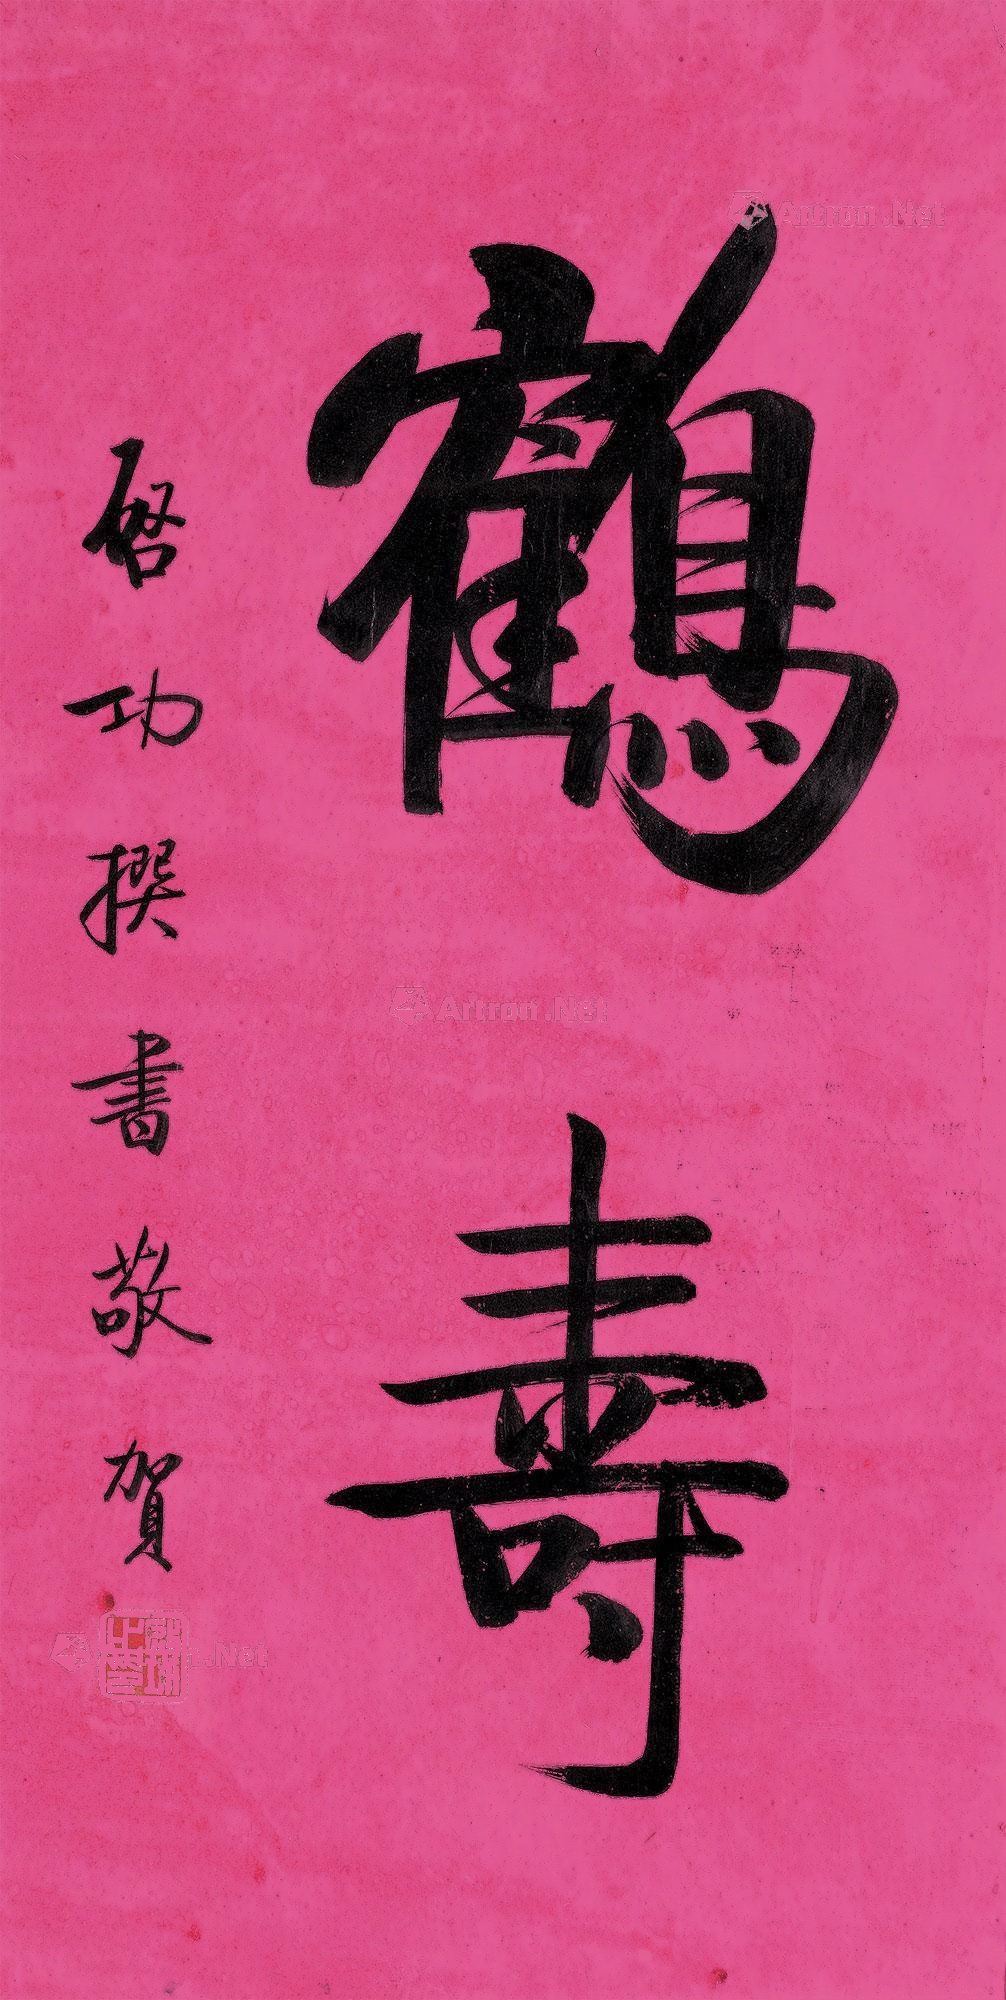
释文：鹤寿启功撰书敬贺。